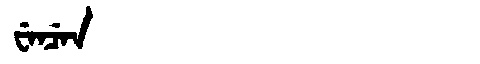
Manchu: ᠸᡝᠨᠴᡝᠨ
Romanization: WENCEN